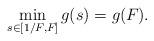
LaTeX: \begin{align*}\min_{s\in[1/F_{},F_{}]}g(s)=g(F_{}).\end{align*}